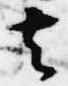
去